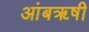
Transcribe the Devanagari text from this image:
आंबॠषी